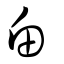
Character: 甶